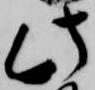
此